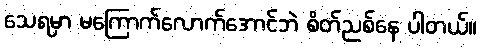
သေရမှာ မကြောက်လောက်အောင်ဘဲ စိတ်ညစ်နေ ပါတယ်။